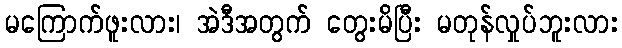
မကြောက်ဖူးလား၊ အဲဒီအတွက် တွေးမိပြီး မတုန်လှုပ်ဘူးလား